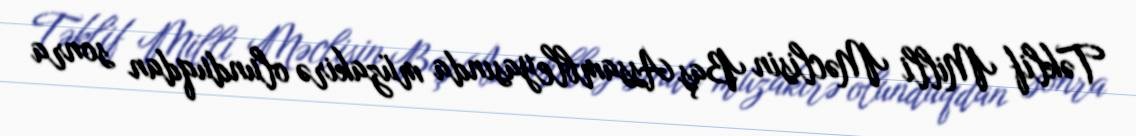
Təklif Milli Məclisin Baş Assambleyasında müzakirə olunduqdan sonra